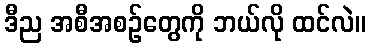
ဒီည အစီအစဉ်တွေကို ဘယ်လို ထင်လဲ။